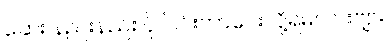
ဆေး နည်းနည်း ပို ပြင်းတာပေးလို့ရမလားဗျာ။